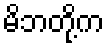
မိဘတို့က